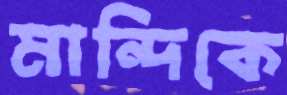
মান্দিকে